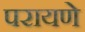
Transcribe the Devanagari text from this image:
परायणे